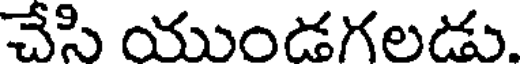
చేసి యుండగలడు.